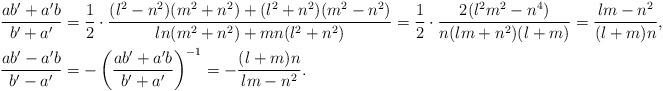
LaTeX: \begin{align*} \frac{ab'+a'b}{b'+a'} &= \frac{1}{2}\cdot\frac{(l^2-n^2)(m^2+n^2)+(l^2+n^2)(m^2-n^2)}{ln(m^2+n^2)+mn(l^2+n^2)} = \frac{1}{2}\cdot\frac{2(l^2m^2-n^4)}{n(lm+n^2)(l+m)} = \frac{lm-n^2}{(l+m)n}, \\ \frac{ab'-a'b}{b'-a'} &= -\left(\frac{ab'+a'b}{b'+a'}\right) ^{-1} = -\frac{(l+m)n}{lm-n^2}. \end{align*}